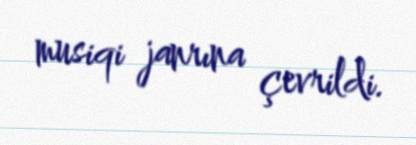
musiqi janrına çevrildi.